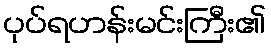
ပုပ်ရဟန်းမင်းကြီး၏